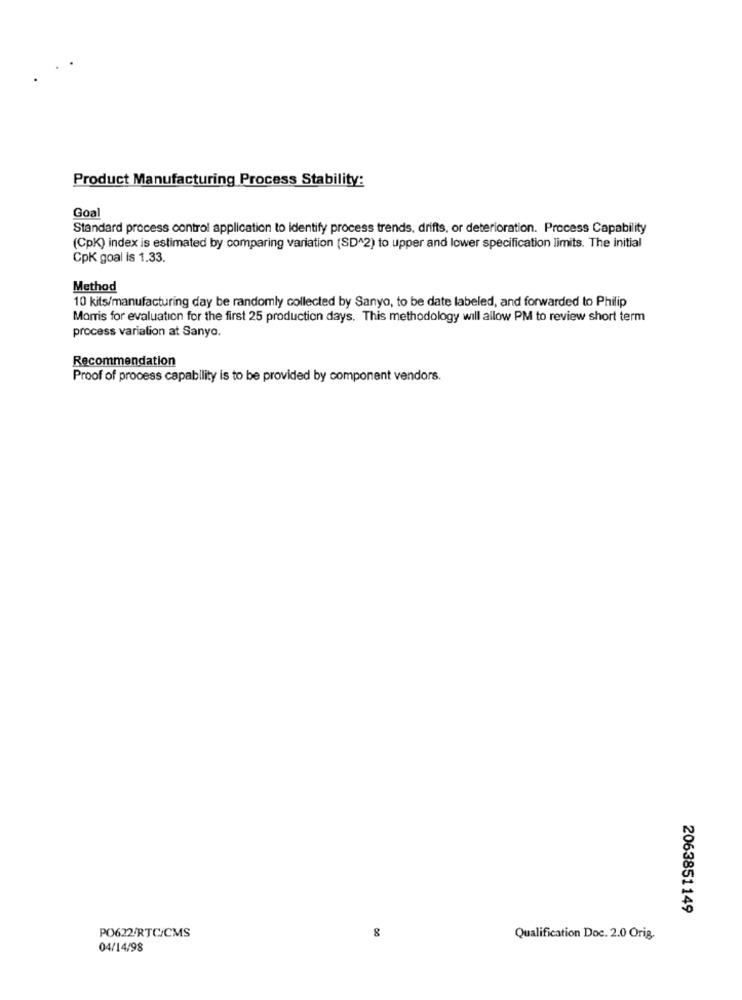
Product Manufacturing Process Stability:
Goal
Standard process control application to identify process trends, drifts, or deterioration. Process Capability
(CpK) index is estimated by comparing variation (SD^2) to upper and lower specification limits. The initial
CpK goal is 1.33.
Method
10 kits/manufacturing day be randomly collected by Sanyo, to be date labeled, and forwarded to Philip
Morris for evaluation for the first 25 production days. This methodology will allow PM to review short term
process variation at Sanyo.
Recommendation
Proof of process capability is to be provided by component vendors.
2063851149
PO622/RTC/CMS
Qualification Doc. 2.0 Orig.
04/14/98